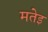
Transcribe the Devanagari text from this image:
मतेइ